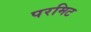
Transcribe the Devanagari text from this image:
परमिट